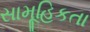
સામૂહિકતા